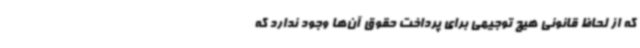
که از لحاظ قانونی هیچ توجیهی برای پرداخت حقوق آن‌ها وجود ندارد که